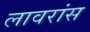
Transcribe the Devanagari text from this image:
लावरांस